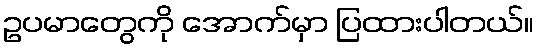
ဥပမာတွေကို အောက်မှာ ပြထားပါတယ်။